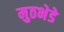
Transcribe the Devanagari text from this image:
मुठभेडे